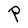
Character: P